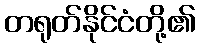
တရုတ်နိုင်ငံတို့၏